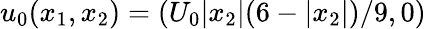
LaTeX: u_{0}(x_{1},x_{2})=(U_{0}|x_{2}|(6-|x_{2}|)/9,0)